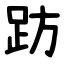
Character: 趽